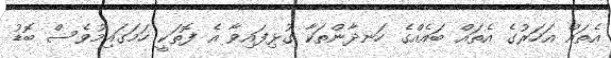
އެތައް އަހަރުގެ އެތައް ބައެއްގެ ހަނދާންތަކާ ގުޅިފައިވާ އެ ފޮތަކީ ހަމަގައިމުވެސް ބޮޑު